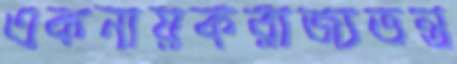
একনায়করাজ্যতন্ত্র